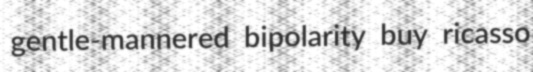
gentle-mannered bipolarity buy ricasso